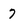
Character: 7